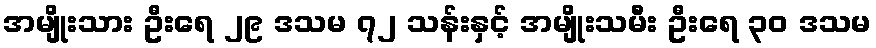
အမျိုးသား ဦးရေ ၂၉ ဒသမ ၇၂ သန်းနှင့် အမျိုးသမီး ဦးရေ ၃၀ ဒသမ